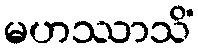
မဟဿာသိံ